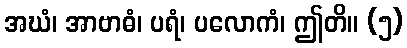
အဃံ၊ အာဗာဓံ၊ ပရံ၊ ပလောကံ၊ ဤတိ။ (၅)